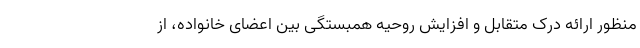
منظور ارائه درک متقابل و افزایش روحیه همبستگی بین اعضای خانواده، از